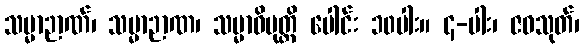
သမ္မာဉာဏ်၊ သမ္မာဉာဏ၊ သမ္မာဝိမုတ္တိ ပေါင်း ၁၀ပါး။ ၄-ပါး၊ ဇဝသုတ်၊